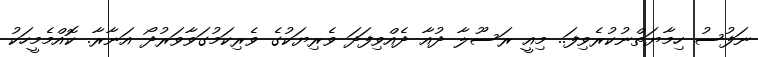
ނަފުސު ހިމާޔަތްނުކުރެވިފަ.. މިއީ ރަސޫލާ ދުއާ ދެއްވިފަދަ ވެރިޔަކުގެ ވެރިކަމުގަވާވަރުދޯ އަނާރާ. ކޮއްމެމީހަކު